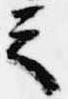
之